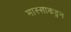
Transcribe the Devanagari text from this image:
मास्साकडुन